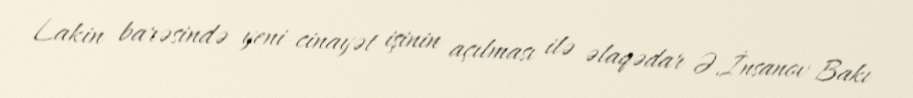
Lakin barəsində yeni cinayət işinin açılması ilə əlaqədar Ə.İnsanov Bakı